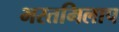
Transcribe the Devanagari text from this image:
भरतमिलाप